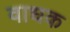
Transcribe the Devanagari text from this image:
वाधक